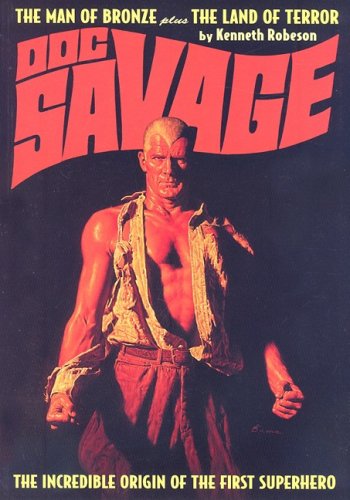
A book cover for The Man of Bronze / The Land of Terror (Doc Savage): The Incredible Origin of the First Superhero; Kenneth Robeson; Science Fiction & Fantasy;